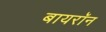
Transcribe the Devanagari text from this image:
बायरॉन